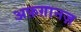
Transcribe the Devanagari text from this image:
अफ़ग़ानज़